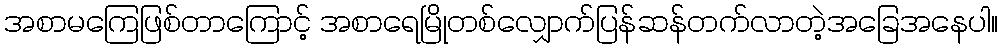
အစာမကြေဖြစ်တာကြောင့် အစာရေမြိုတစ်လျှောက်ပြန်ဆန်တက်လာတဲ့အခြေအနေပါ။